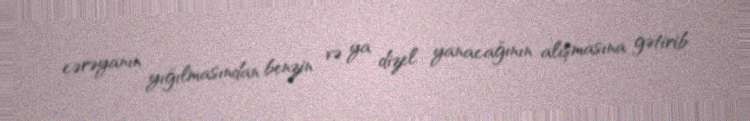
cərəyanın yığılmasından benzin və ya dizel yanacağının alışmasına gətirib